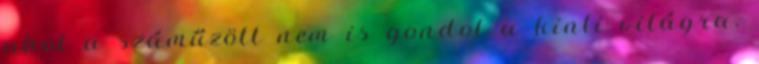
ahol a száműzött nem is gondol a kinti világra.